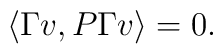
\langle \Gamma v, P \Gamma v \rangle = 0.